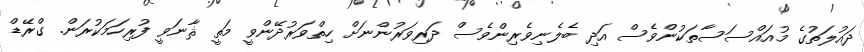
ދައުލަތުގެ މުއައްސަސާތަކުންވެސް އަދި ބެލެނިވެރިންވެސް ދަރިވަރުންނަށް ހިތްވަރުދޭންވީ މަތީ ޘާނަވީ ފުރިހަމަކުރަން. ގްރޭޑް